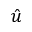
\hat { u }